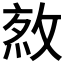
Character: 𢽯